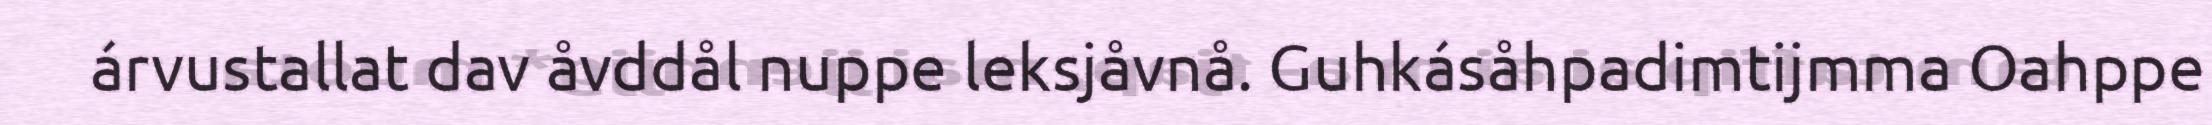
árvustallat dav åvddål nuppe leksjåvnå. Guhkásåhpadimtijmma Oahppe